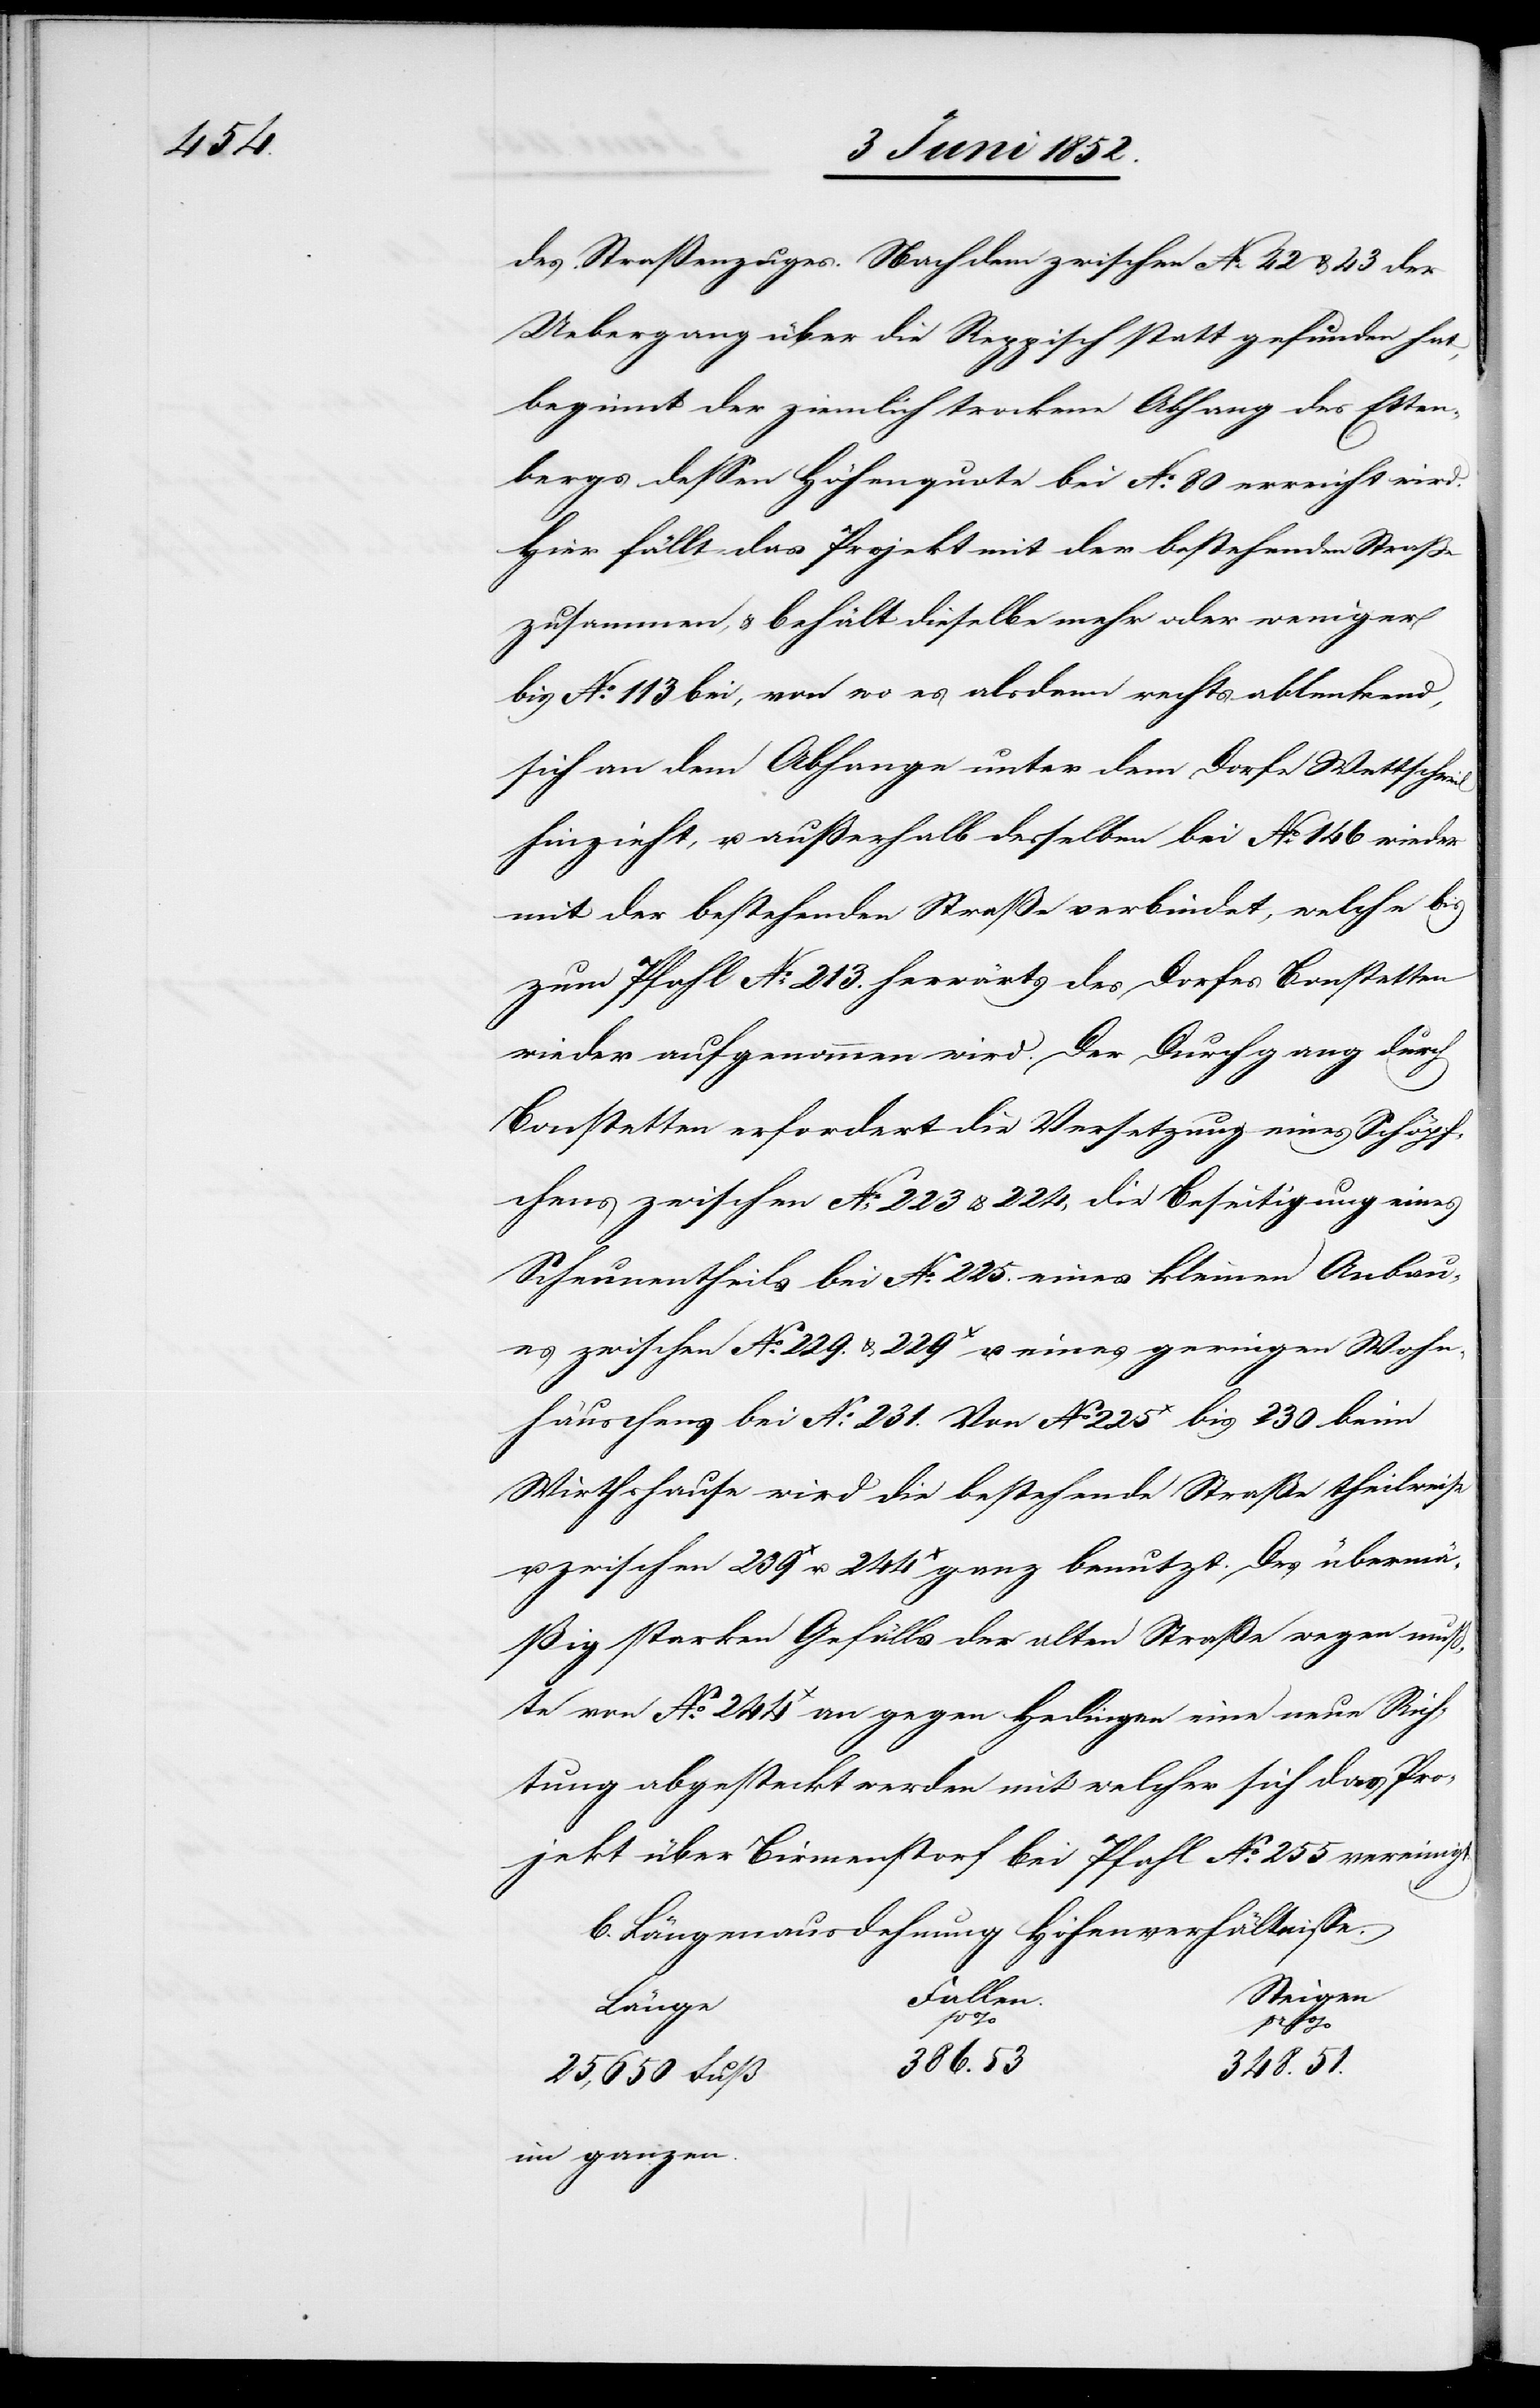
des Straßenzuges. Nachdem zwischen No. 42 & 43 der
Uebergang über die Reppisch statt gefunden hat,
beginnt der ziemlich trockene Abhang des Etten¬
bergs dessen Höhenquote bei No. 80 erreicht wird.
Hier fällt das Projekt mit der bestehenden Straße
zusammen, & behält dieselbe mehr oder weniger
bis No. 113 bei, von wo es alsdann rechts ablenkend,
sich an dem Abhange unter dem Dorfe Wettschweil
hinzieht, u. außerhalb desselben bei No. 146 wieder
mit der bestehenden Straße verbindet, welche bis
zum Pfahl No. 213. herwärts des Dorfes Bonstetten
wieder aufgenommen wird. Der Durchgang durch
Bonstetten erfordert die Versetzung eines Schöpf¬
chens zwischen No. 223 & 224, die Beseitigung eines
Scheunentheils bei No. 225.[,] eines kleinen Anbau¬
es zwischen No. 229. & 229x u. eines geringen Wohn¬
häuschens bei No. 231. Von No 225x bis 230 beim
Wirthshause wird die bestehende Straße theilweise
u. zwischen 239x u. 244x ganz benutzt. Des übermä¬
ßig starken Gefälls der alten Straße wegen muß¬
te von No. 244x an gegen Hedingen eine neue Rich¬
tung abgesteckt werden mit welcher sich das Pro¬
jekt über Birmenstorf bei Pfahl No. 255 vereinigt.
b. Längenausdehnung [u.] Höhenverhältnisse.
Steigen
Fallen.
Länge
pr
386.53
348.51.
25,650 Fuß
im ganzen.